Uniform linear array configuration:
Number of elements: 8
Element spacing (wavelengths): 1
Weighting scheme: kaiser
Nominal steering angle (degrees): -60
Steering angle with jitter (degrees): -58.541
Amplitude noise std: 0.05
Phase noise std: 0.05

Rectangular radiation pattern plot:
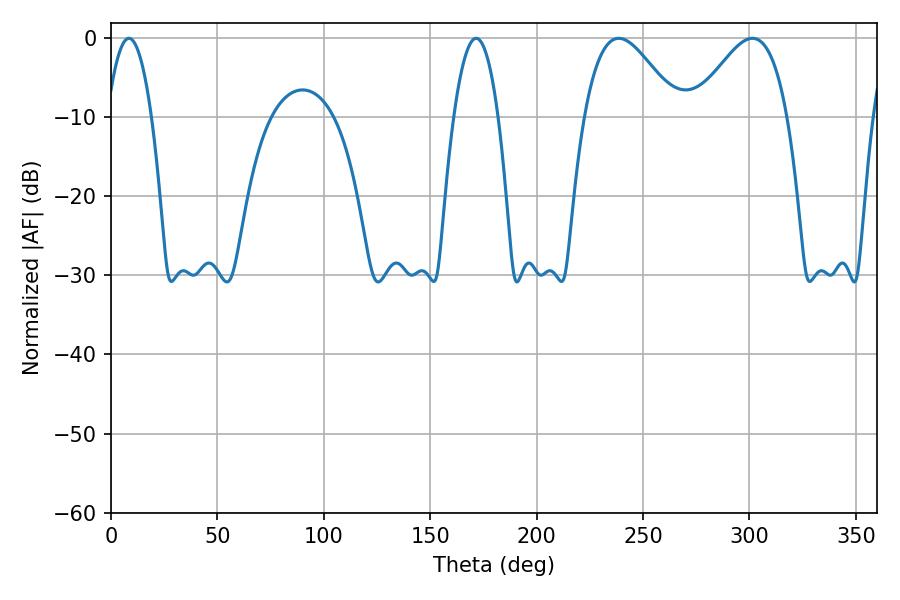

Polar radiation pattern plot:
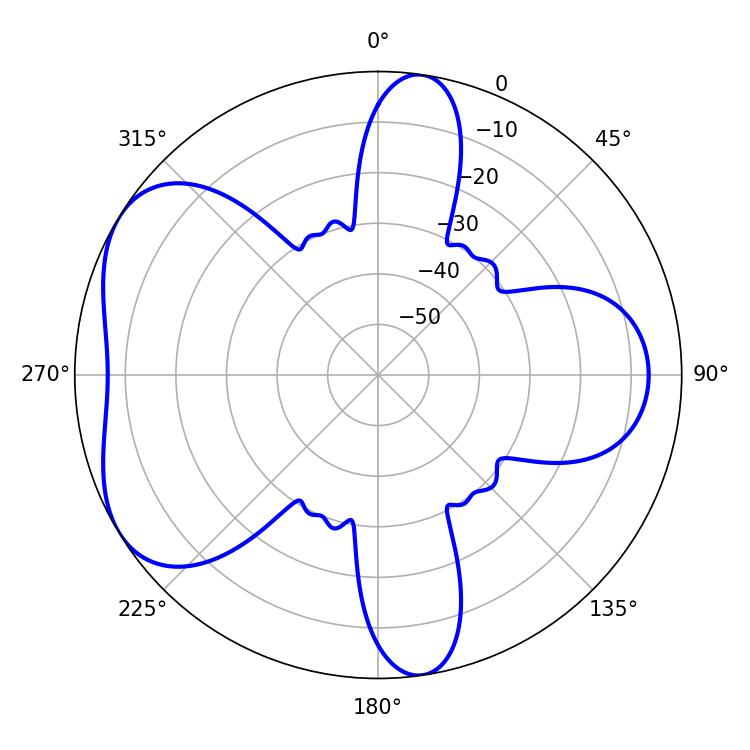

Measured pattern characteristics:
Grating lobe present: TRUE
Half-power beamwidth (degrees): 11.52
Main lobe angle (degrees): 8.46